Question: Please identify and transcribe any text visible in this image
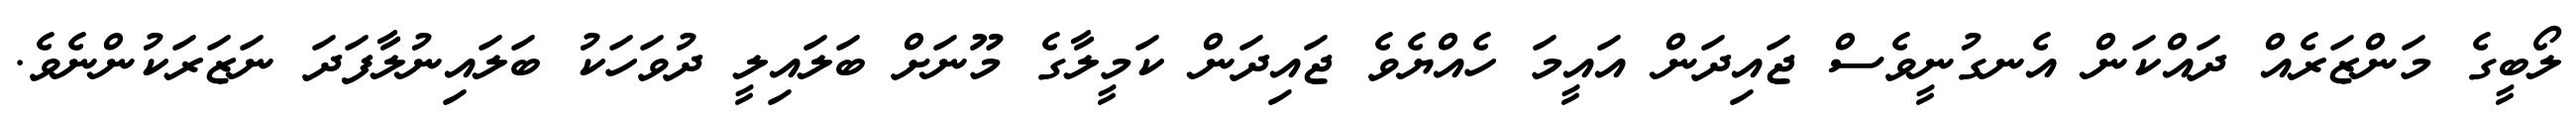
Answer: ލޯބީގެ މަންޒަރެއް ދައްކަން އެނގުނީވެސް ޖައިދަން އައީމަ ހެއްޔެވެ ޖައިދަން ކަމީލާގެ މޫނަށް ބަލައިލީ ދުވަހަކު ބަލައިނުލާފަދަ ނަޒަރަކުންނެވެ.